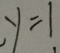
, y = 1 ,